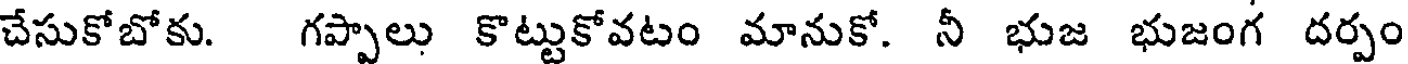
చేసుకోబోకు. గప్పాలు కొట్టుకోవటం మానుకో. నీ భుజ భుజంగ దర్పం